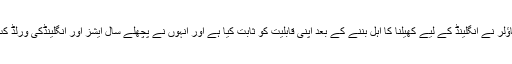
انہوں نے کہا کہ 25 سالہ فاسٹ باؤلر نے انگلینڈ کے لیے کھیلنا کا اہل بننے کے بعد اپنی قابلیت کو ثابت کیا ہے اور انہوں نے پچھلے سال ایشز اور انگلینڈکی ورلڈ کپ کی فتح میں اہم کردار ادا کیا تھا۔